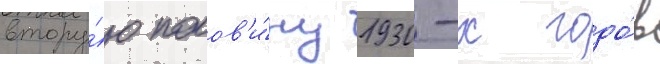
втору́ю полов'и́ну 1930-х годо́в